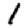
Digit: 1